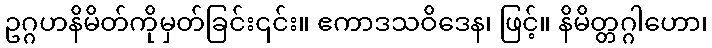
ဥဂ္ဂဟနိမိတ်ကိုမှတ်ခြင်း၎င်း။ ဧကာဒသဝိဒေန၊ ဖြင့်။ နိမိတ္တဂ္ဂါဟော၊